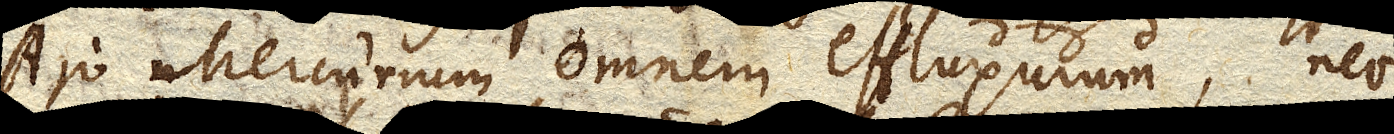
Ajo Mercurium omnem effluxurum, nec